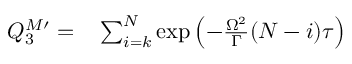
\begin{array} { r l } { Q _ { 3 } ^ { M \prime } = } & { { } \sum _ { i = k } ^ { N } \exp \left( - \frac { \Omega ^ { 2 } } { \Gamma } ( N - i ) \tau \right) } \end{array}